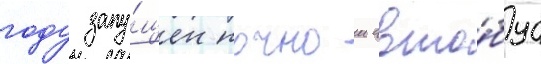
году запу́щен ночнои авто́бус